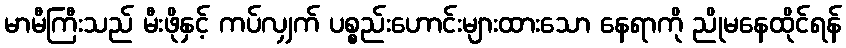
မာမီကြီးသည် မီးဖိုနှင့် ကပ်လျှက် ပစ္စည်းဟောင်းများထားသော နေရာကို ညိုမနေထိုင်ရန်